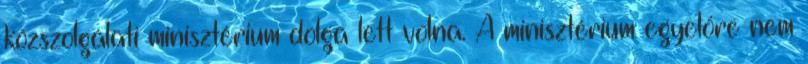
közszolgálati minisztérium dolga lett volna. A minisztérium egyelőre nem